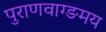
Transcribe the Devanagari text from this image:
पुराणवाग्ङमय